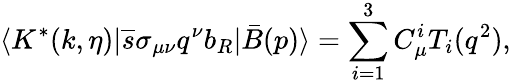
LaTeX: \langle K^{*}(k,\eta)|\overline{{{s}}}\sigma_{\mu\nu}q^{\nu}b_{R}|\bar{B}(p)\rangle=\sum_{i=1}^{3}C_{\mu}^{i}T_{i}(q^{2}),